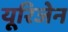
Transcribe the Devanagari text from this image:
यूरिजेन